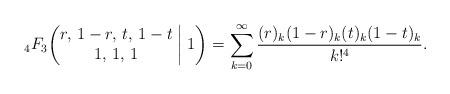
LaTeX: \begin{gather*}{}_4F_3\biggl(\begin{matrix} r, \, 1-r, \, t, \, 1-t \\ 1, \, 1, \, 1 \end{matrix}\biggm|1\biggr)=\sum_{k=0}^\infty\frac{(r)_k(1-r)_k(t)_k(1-t)_k}{k!^4}.\end{gather*}